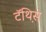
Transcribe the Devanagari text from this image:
टॅथ़िस